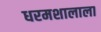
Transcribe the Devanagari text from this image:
धरमशालाला